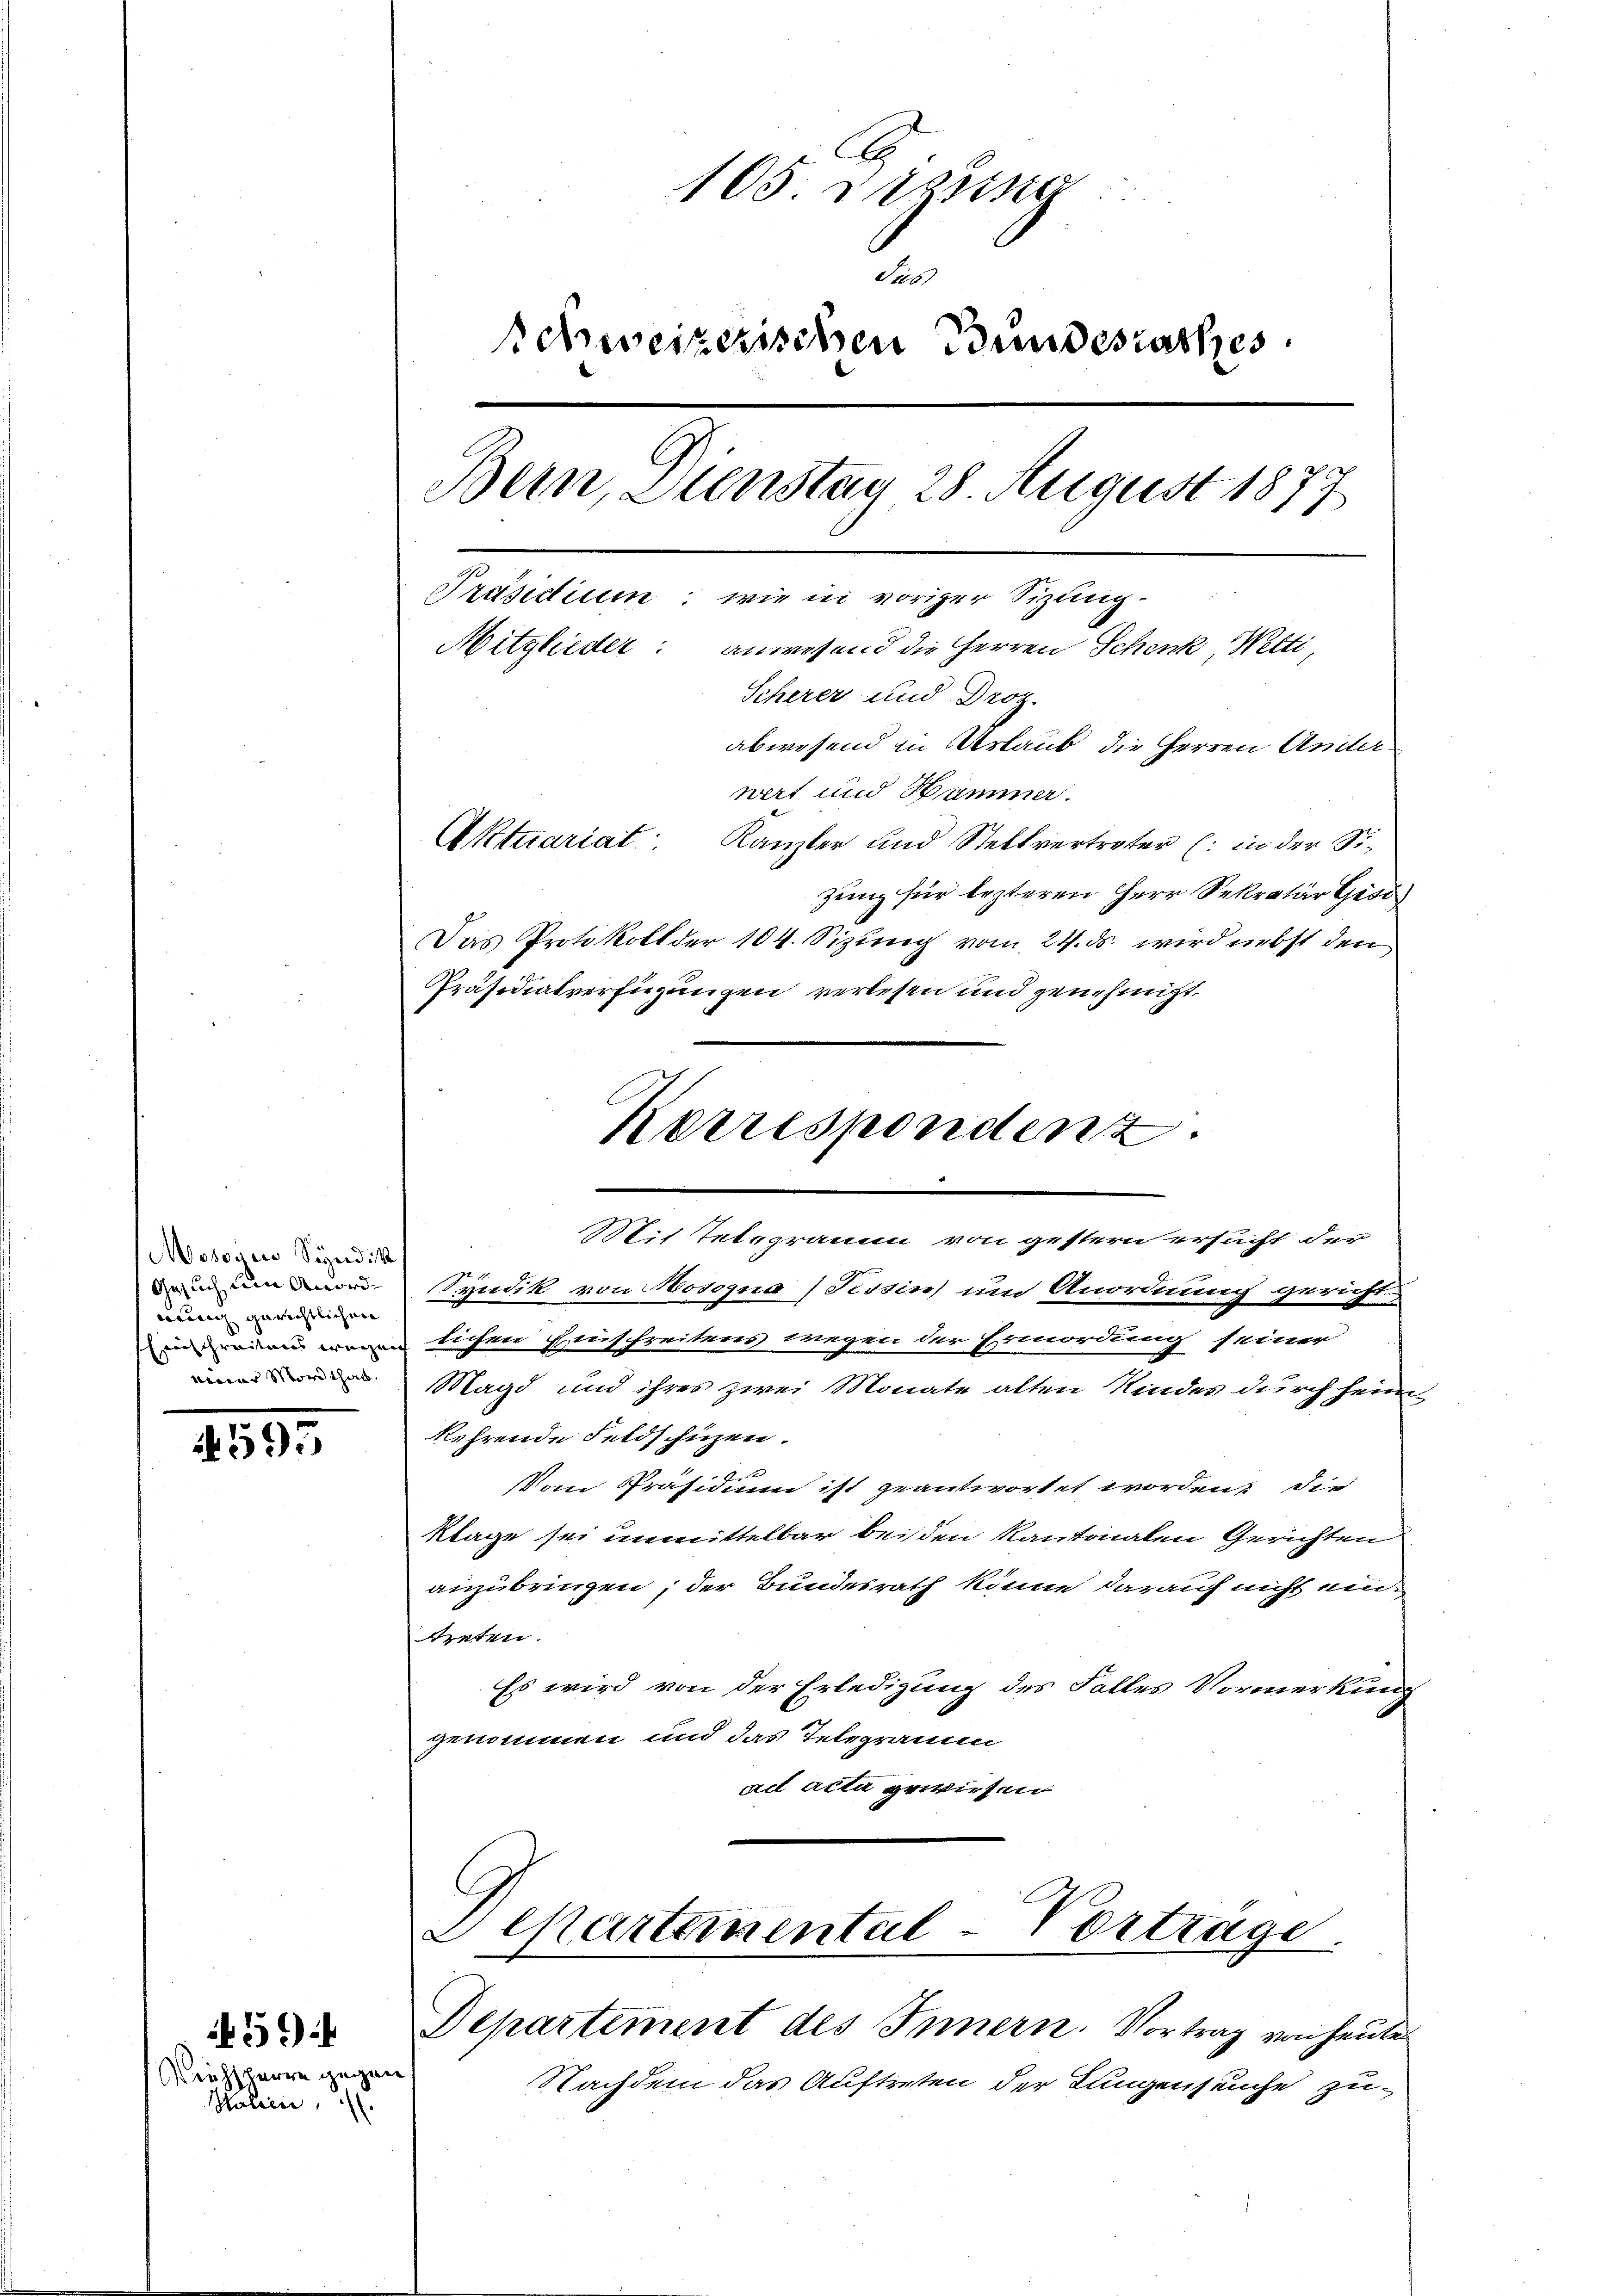
Mosogin Syndik
Gesuch um Anordung gerichtlichen
Einschreitens wege
cicar Mordthal

1595

459
Reichsherre gegen
Malicie

105 Fitzing
das
Schweizerischen Bundesrathes
Bern, Dienstag 28. August 1877
Präsidium: wie in voriger Sizung.
Mitglieder: anwesend die Herren Schenk Wetti,
Scherer und Droz.
abwesend in Urlaub, die Herren Anderwert und Hammer.
Aktuariat. Kanzler und Stellvertreter (: in der Sizung für lezteren Herr Sekretär Gisi
Das Protokoll der 104. Sizung vom 24. ds. wird nebst den
Präsidialverfügungen verlesen und genehmigt.

Syndik von Aosogna) Fissin um Anordnung gericht
dichen Einschreitens wegen der Ermordung seiner
Magd und ihres zwei Monate alten Kindes durch heimkehrende Feldschuzen.
x
Vom Präsidium ist geantwortet worden. Die
Klage sei unmittelbar beisten Kantonalen Gerichten
anzubringen, der Bundesrath könne darauf nicht ein
treten.
Es wird von der Erledigung des Falles Vormerkung
genommen und das Telegramm
ad acta gewiesen
Chartemental-Vortrage.

Departement des Innern. Vortrag von heute

Korrespondenz
Mit Telegramm von gestern ersucht der

Nachdem das Auftreten der Lungenseuche zu¬